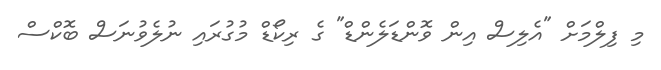
މި ފިލްމަށް "އެލިސް އިން ވޮންޑަލެންޑް" ގެ ރިކޯޑް މުގުރައި ނުލެވުނަސް ބޮކްސް